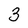
Character: 3